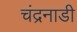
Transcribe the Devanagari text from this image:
चंद्रनाडी